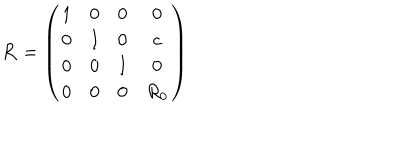
{ \bf R } = \left( \begin{matrix} { { 1 } } & { { 0 } } & { { 0 } } & { { 0 } } \\ { { 0 } } & { { I } } & { { 0 } } & { { c } } \\ { { 0 } } & { { 0 } } & { { I } } & { { 0 } } \\ { { 0 } } & { { 0 } } & { { 0 } } & { { R _ { 0 } } } \\ \end{matrix} \right)